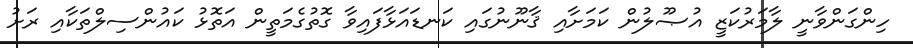
ހިންގަންވާނީ ލާމަރުކަޒީ އުޞޫލުން ކަމަށާއި ޤާނޫނުގައި ކަނޑައަޅާފައިވާ ގޮތުގެމަތީން އަތޮޅު ކައުންސިލްތަކާއި ރަށު